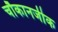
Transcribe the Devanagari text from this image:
चौकानजीक